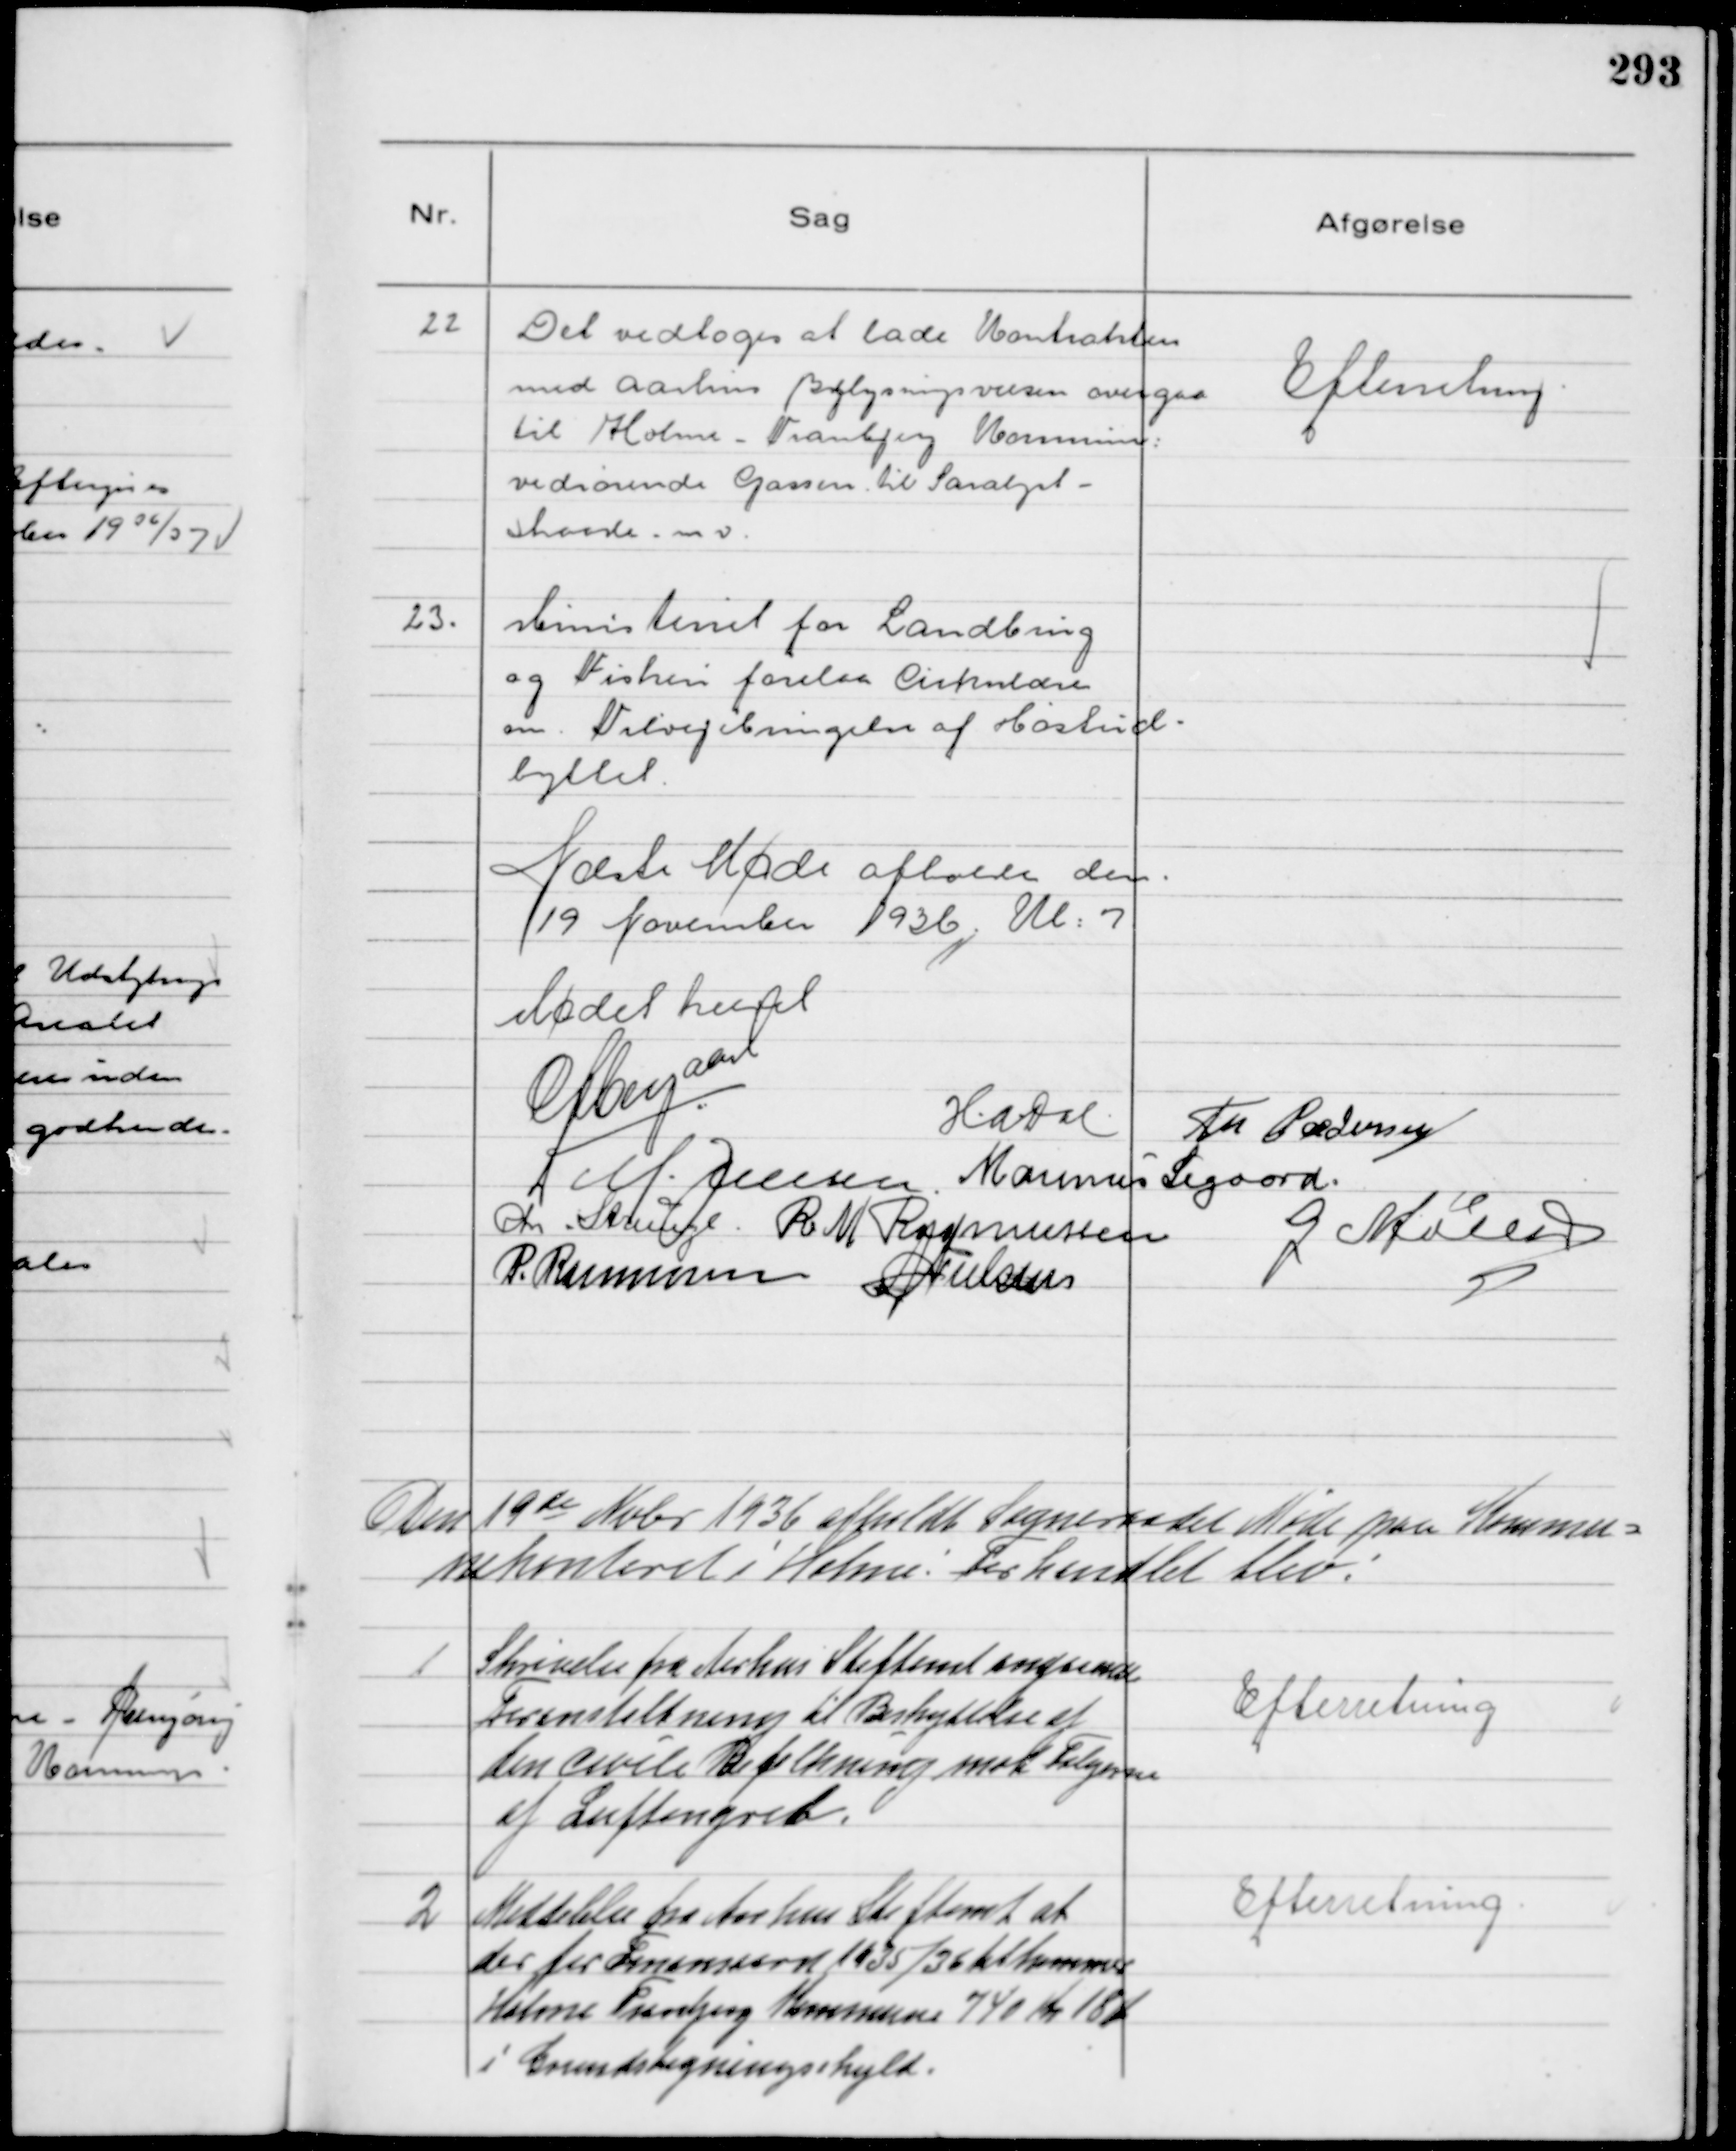
Transskription:
22
Det vedtoges at lade Kontrakten
med Aarhus Belysningsvæsen overgaa
til Holme - Tranbjerg Kommune
vedrørende Gassen til Saralyst -
Skaade m v.

Efterretning

23.
Ministeriet for Landbrug
og Fiskeri forelaa Cirkulære
om Tilvejebringelse af Høstud-
byttet

Næste Møde afholdes den
19 November 1936 Kl. 7
Mødet hævet
gaard
HADal 
Th Pedersen
M. Jensen Marinus Sigaard
Chr. Strunge R M Rasmussen
G Møller
P. Rasmussen NNielsen

Den 19 de November 1936 afholdt Sogneraadet Møde paa Kommu-
nekontoret i Holme! Forhandlet blev!

1
 Skrivelse fra Aarhus Stiftamt angaaende
Foranstaltning til Beskyttelse af
den civile Befolkning mod Følgerne
af Luftangreb.

Efterretning

2
Meddelelse fra Aarhus Stiftamt at
der for Finansaaret 1935/36 tilkommer
Holme Tranbjerg Kommune 740 Kr 18 Øre
i Grundstigningsskyld

Efterretning